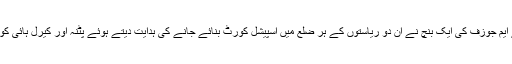
چیف جسٹس رنجن گگوئی اور جسٹس ایس کے کؤل، جسٹس کے ایم جوزف کی ایک بنچ نے ان دو ریاستوں کے ہر ضلع میں اسپیشل کورٹ بنائے جانے کی ہدایت دیتے ہوئے پٹنہ اور کیرل ہائی کورٹ سے 14 دسمبر تک Compliance reportsمانگی ہے۔